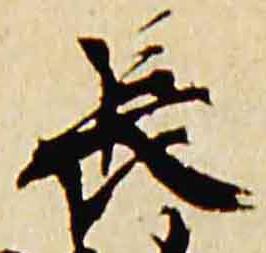
長